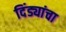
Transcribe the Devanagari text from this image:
दिंड्यांचा